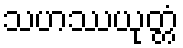
သဟဿယုတ္တံ